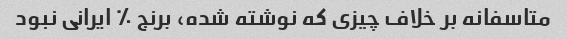
متاسفانه بر خلاف چیزی که نوشته شده، برنج ٪ ایرانی نبود